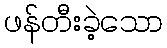
ဖန်တီးခဲ့သော